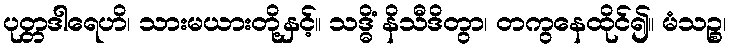
ပုတ္တဒါရေဟိ၊ သားမယားတို့နှင့်။ သဒ္ဓိံ နိသီဒိတွာ၊ တကွနေထိုင်၍။ မံသဉ္စ၊